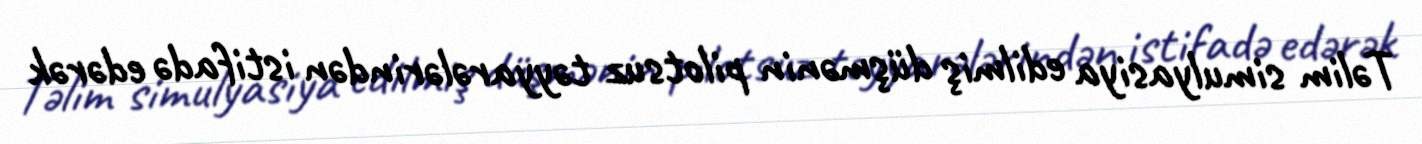
Təlim simulyasiya edilmiş düşmənin pilotsuz təyyarələrindən istifadə edərək